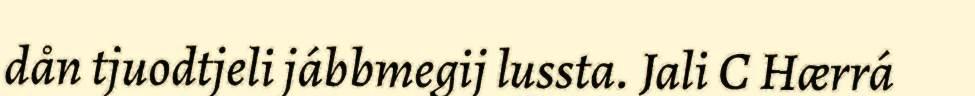
dån tjuodtjeli jábbmegij lussta. Jali C Hærrá